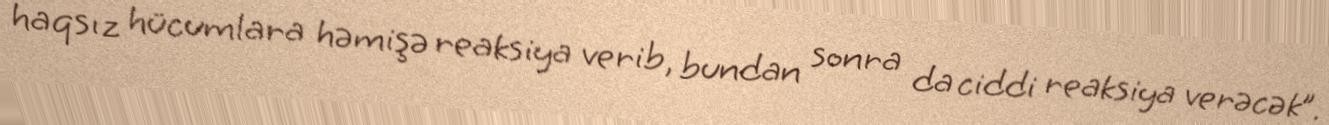
haqsız hücumlara həmişə reaksiya verib, bundan sonra da ciddi reaksiya verəcək”.